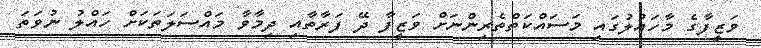
ވަޒީފާގެ މާހައުލުގައި މަސައްކަތްތެރިންނަށް ވަޒީފާ ދޭ ފަރާތާއި ދިމާވާ މައްސަލަތަކަށް ހައްލު ނުވަތަ